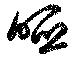
唖